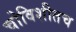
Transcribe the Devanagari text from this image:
चोविशीतच